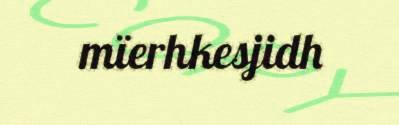
mïerhkesjidh